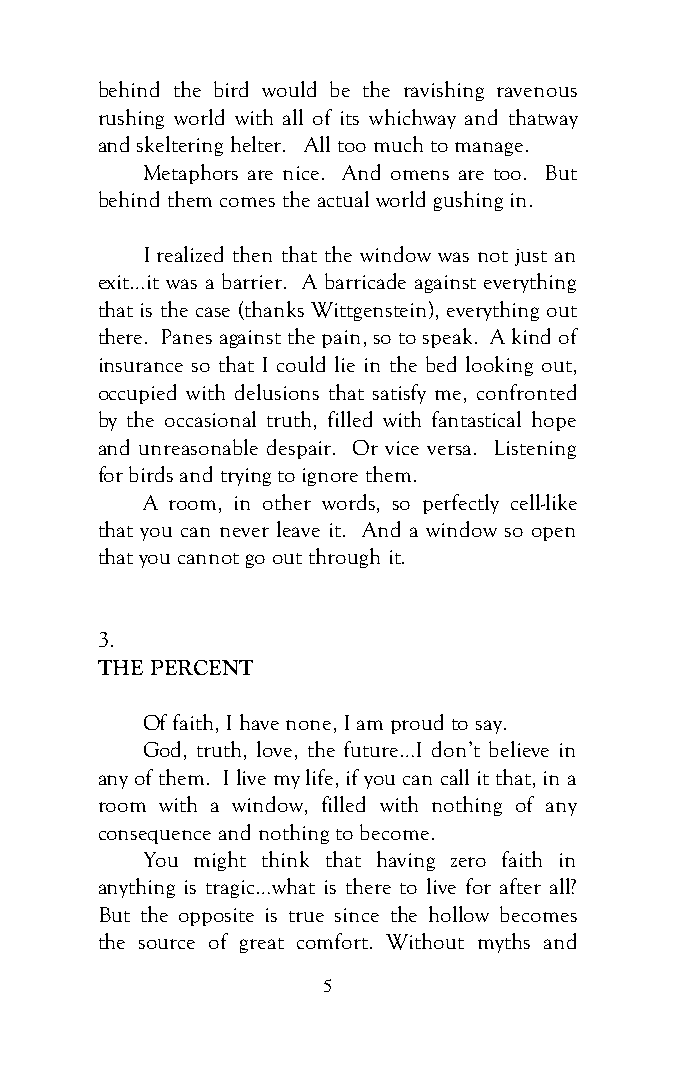
behind the bird would be the ravishing ravenous
 rushing world with all of its whichway and thatway
 and skeltering helter. All too much to manage.
 Metaphors are nice. And omens are too. But
 behind them comes the actual world gushing in.
 I realized then that the window was not just an
 exit…it was a barrier. A barricade against everything
 that is the case (thanks Wittgenstein), everything out
 there. Panes against the pain, so to speak. A kind of
 insurance so that I could lie in the bed looking out,
 occupied with delusions that satisfy me, confronted
 by the occasional truth, filled with fantastical hope
 and unreasonable despair. Or vice versa. Listening
 for birds and trying to ignore them.
 A room, in other words, so perfectly cell-like
 that you can never leave it. And a window so open
 that you cannot go out through it.
 3.
 THE PERCENT
 Of faith, I have none, I am proud to say.
 God, truth, love, the future…I don’t believe in
 any of them. I live my life, if you can call it that, in a
 room with a window, filled with nothing of any
 consequence and nothing to become.
 You might think that having zero faith in
 anything is tragic…what is there to live for after all?
 But the opposite is true since the hollow becomes
 the source of great comfort. Without myths and
 5